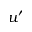
u ^ { \prime }